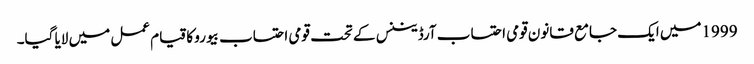
1999میں ایک جامع قانون قومی احتساب آرڈیننس کے تحت قومی احتساب بیورو کا قیام عمل میں لایا گیا۔